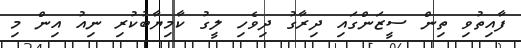
ފާއިތުވި ތިން ސީޒަންގައި ދިރާގު ދިވެހި ލީގު ކާމިޔާބުކުރި ނިއު އިން މި